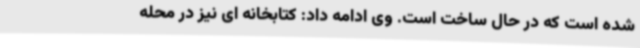
شده است که در حال ساخت است. وی ادامه داد: کتابخانه ای نیز در محله